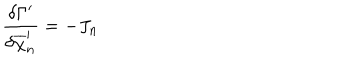
\frac { \delta \Gamma ^ { \prime } } { \delta \overline { { { \chi } } } _ { n } ^ { \prime } } = - J _ { n }